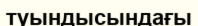
туындысындағы